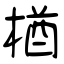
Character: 楢